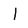
Character: l